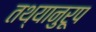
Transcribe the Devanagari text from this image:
तथ्यानुरूप